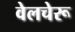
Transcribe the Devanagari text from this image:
वेलचेरू